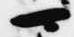
可